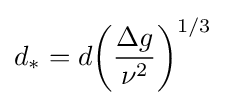
{d_{*}}=d{\left({\frac {\Delta g}{\nu ^{2}}}\right)}^{1/3}